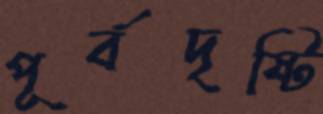
পূর্বদৃষ্টি